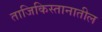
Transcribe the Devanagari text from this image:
ताजिकिस्तानातील